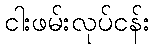
ငါးဖမ်းလုပ်ငန်း